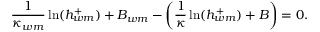
\frac { 1 } { \kappa _ { w m } } \ln ( h _ { w m } ^ { + } ) + B _ { w m } - \left( \frac { 1 } { \kappa } \ln ( h _ { w m } ^ { + } ) + B \right) = 0 .